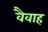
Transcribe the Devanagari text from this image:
वैवाह